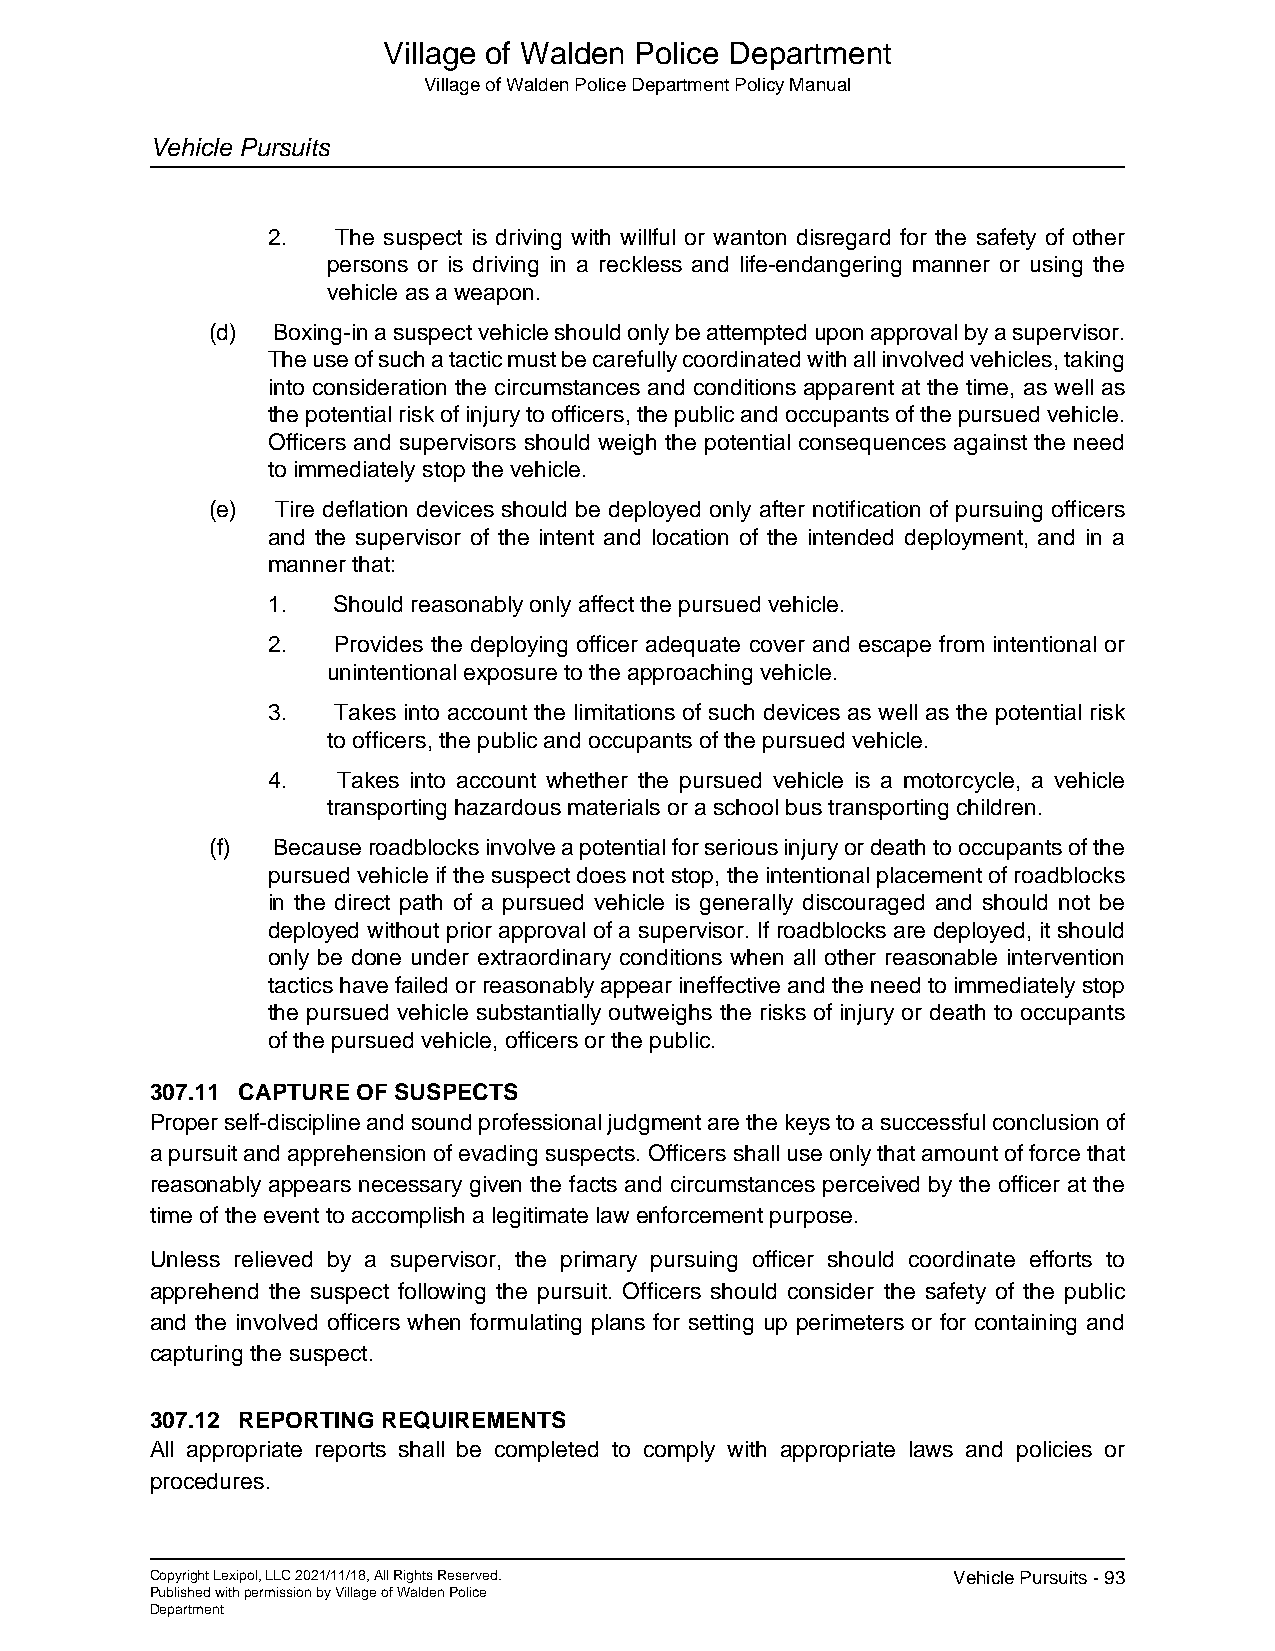
Village of Walden Police Department
 Village of Walden Police Department Policy Manual
 Vehicle Pursuits
 2.  The suspect is driving with willful or wanton disregard for the safety of other
 persons or is driving in a reckless and life-endangering manner or using the
 vehicle as a weapon.
 (d) Boxing-in a suspect vehicle should only be attempted upon approval by a supervisor.
 The use of such a tactic must be carefully coordinated with all involved vehicles, taking
 into consideration the circumstances and conditions apparent at the time, as well as
 the potential risk of injury to officers, the public and occupants of the pursued vehicle.
 Officers and supervisors should weigh the potential consequences against the need
 to immediately stop the vehicle.
 (e) Tire deflation devices should be deployed only after notification of pursuing officers
 and the supervisor of the intent and location of the intended deployment, and in a
 manner that:
 1.  Should reasonably only affect the pursued vehicle.
 2.  Provides the deploying officer adequate cover and escape from intentional or
 unintentional exposure to the approaching vehicle.
 3.  Takes into account the limitations of such devices as well as the potential risk
 to officers, the public and occupants of the pursued vehicle.
 4.  Takes into account whether the pursued vehicle is a motorcycle, a vehicle
 transporting hazardous materials or a school bus transporting children.
 (f) Because roadblocks involve a potential for serious injury or death to occupants of the
 pursued vehicle if the suspect does not stop, the intentional placement of roadblocks
 in the direct path of a pursued vehicle is generally discouraged and should not be
 deployed without prior approval of a supervisor. If roadblocks are deployed, it should
 only be done under extraordinary conditions when all other reasonable intervention
 tactics have failed or reasonably appear ineffective and the need to immediately stop
 the pursued vehicle substantially outweighs the risks of injury or death to occupants
 of the pursued vehicle, officers or the public.
 307.11 CAPTURE OF SUSPECTS
 Proper self-discipline and sound professional judgment are the keys to a successful conclusion of
 a pursuit and apprehension of evading suspects. Officers shall use only that amount of force that
 reasonably appears necessary given the facts and circumstances perceived by the officer at the
 time of the event to accomplish a legitimate law enforcement purpose.
 Unless relieved by a supervisor, the primary pursuing officer should coordinate efforts to
 apprehend the suspect following the pursuit. Officers should consider the safety of the public
 and the involved officers when formulating plans for setting up perimeters or for containing and
 capturing the suspect.
 307.12 REPORTING REQUIREMENTS
 All appropriate reports shall be completed to comply with appropriate laws and policies or
 procedures.
 Copyright Lexipol, LLC 2021/11/18, All Rights Reserved. Vehicle Pursuits - 93
 Published with permission by Village of Walden Police
 Department